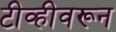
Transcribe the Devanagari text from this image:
टीव्हीवरून